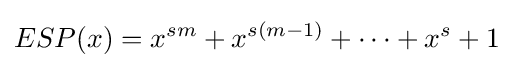
ESP(x)=x^{sm}+x^{s(m-1)}+\cdots +x^{s}+1